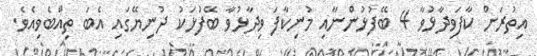
އިތުރަށް ކާފަވިދާޅުވާ 4 ބޭފުޅުންނާއި މުނިކާފަ ވިދާޅުވާ ބޭފުޅަކު ދުނިޔޭގައި އެބަ ތިއްބެވިއެވެ.